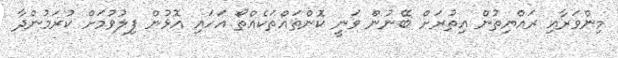
މިންވަރާއި ރައްޔިތުން އިތުރަށް ބޭނުން ވަނީ ކޮންތައްތަކެއްތޯ އަހައި އޮޅުން ފިލުވުމަށް ކުރަމުންދާ